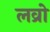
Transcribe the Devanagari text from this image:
लव्रो